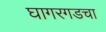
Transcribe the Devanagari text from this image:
घागरगडचा